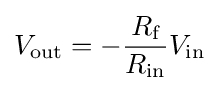
V_{\text{out}}=-{\frac {R_{\text{f}}}{R_{\text{in}}}}V_{\text{in}}\!